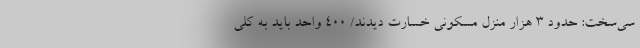
سی‌سخت: حدود ۳ هزار منزل مسکونی خسارت دیدند/ ۴۰۰ واحد باید به کلی